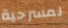
لمسرحية